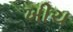
ખીચ